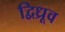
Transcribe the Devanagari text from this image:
द्विध्रूव